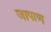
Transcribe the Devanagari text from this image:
जापाण